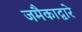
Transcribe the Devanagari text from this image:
जमैकाद्वारे